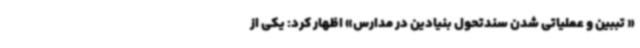
« تببین و عملیاتی شدن سندتحول بنیادین در مدارس» اظهار کرد: یکی از